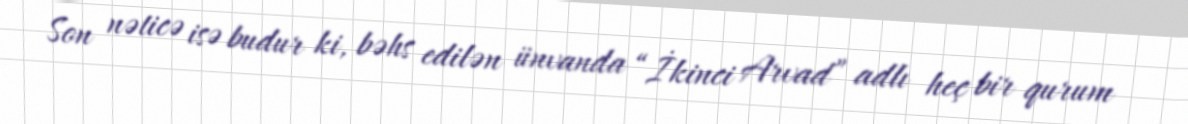
Son nəticə isə budur ki, bəhs edilən ünvanda “İkinci Arvad” adlı heç bir qurum